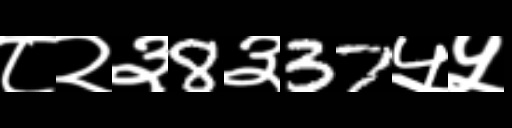
Text: ८२३8३37५५